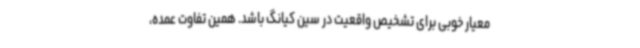
معیار خوبی برای تشخیص واقعیت در سین کیانگ باشد. همین تفاوت عمده،